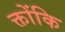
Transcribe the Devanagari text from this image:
क्तोंकि